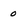
Character: 0